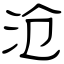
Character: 沧